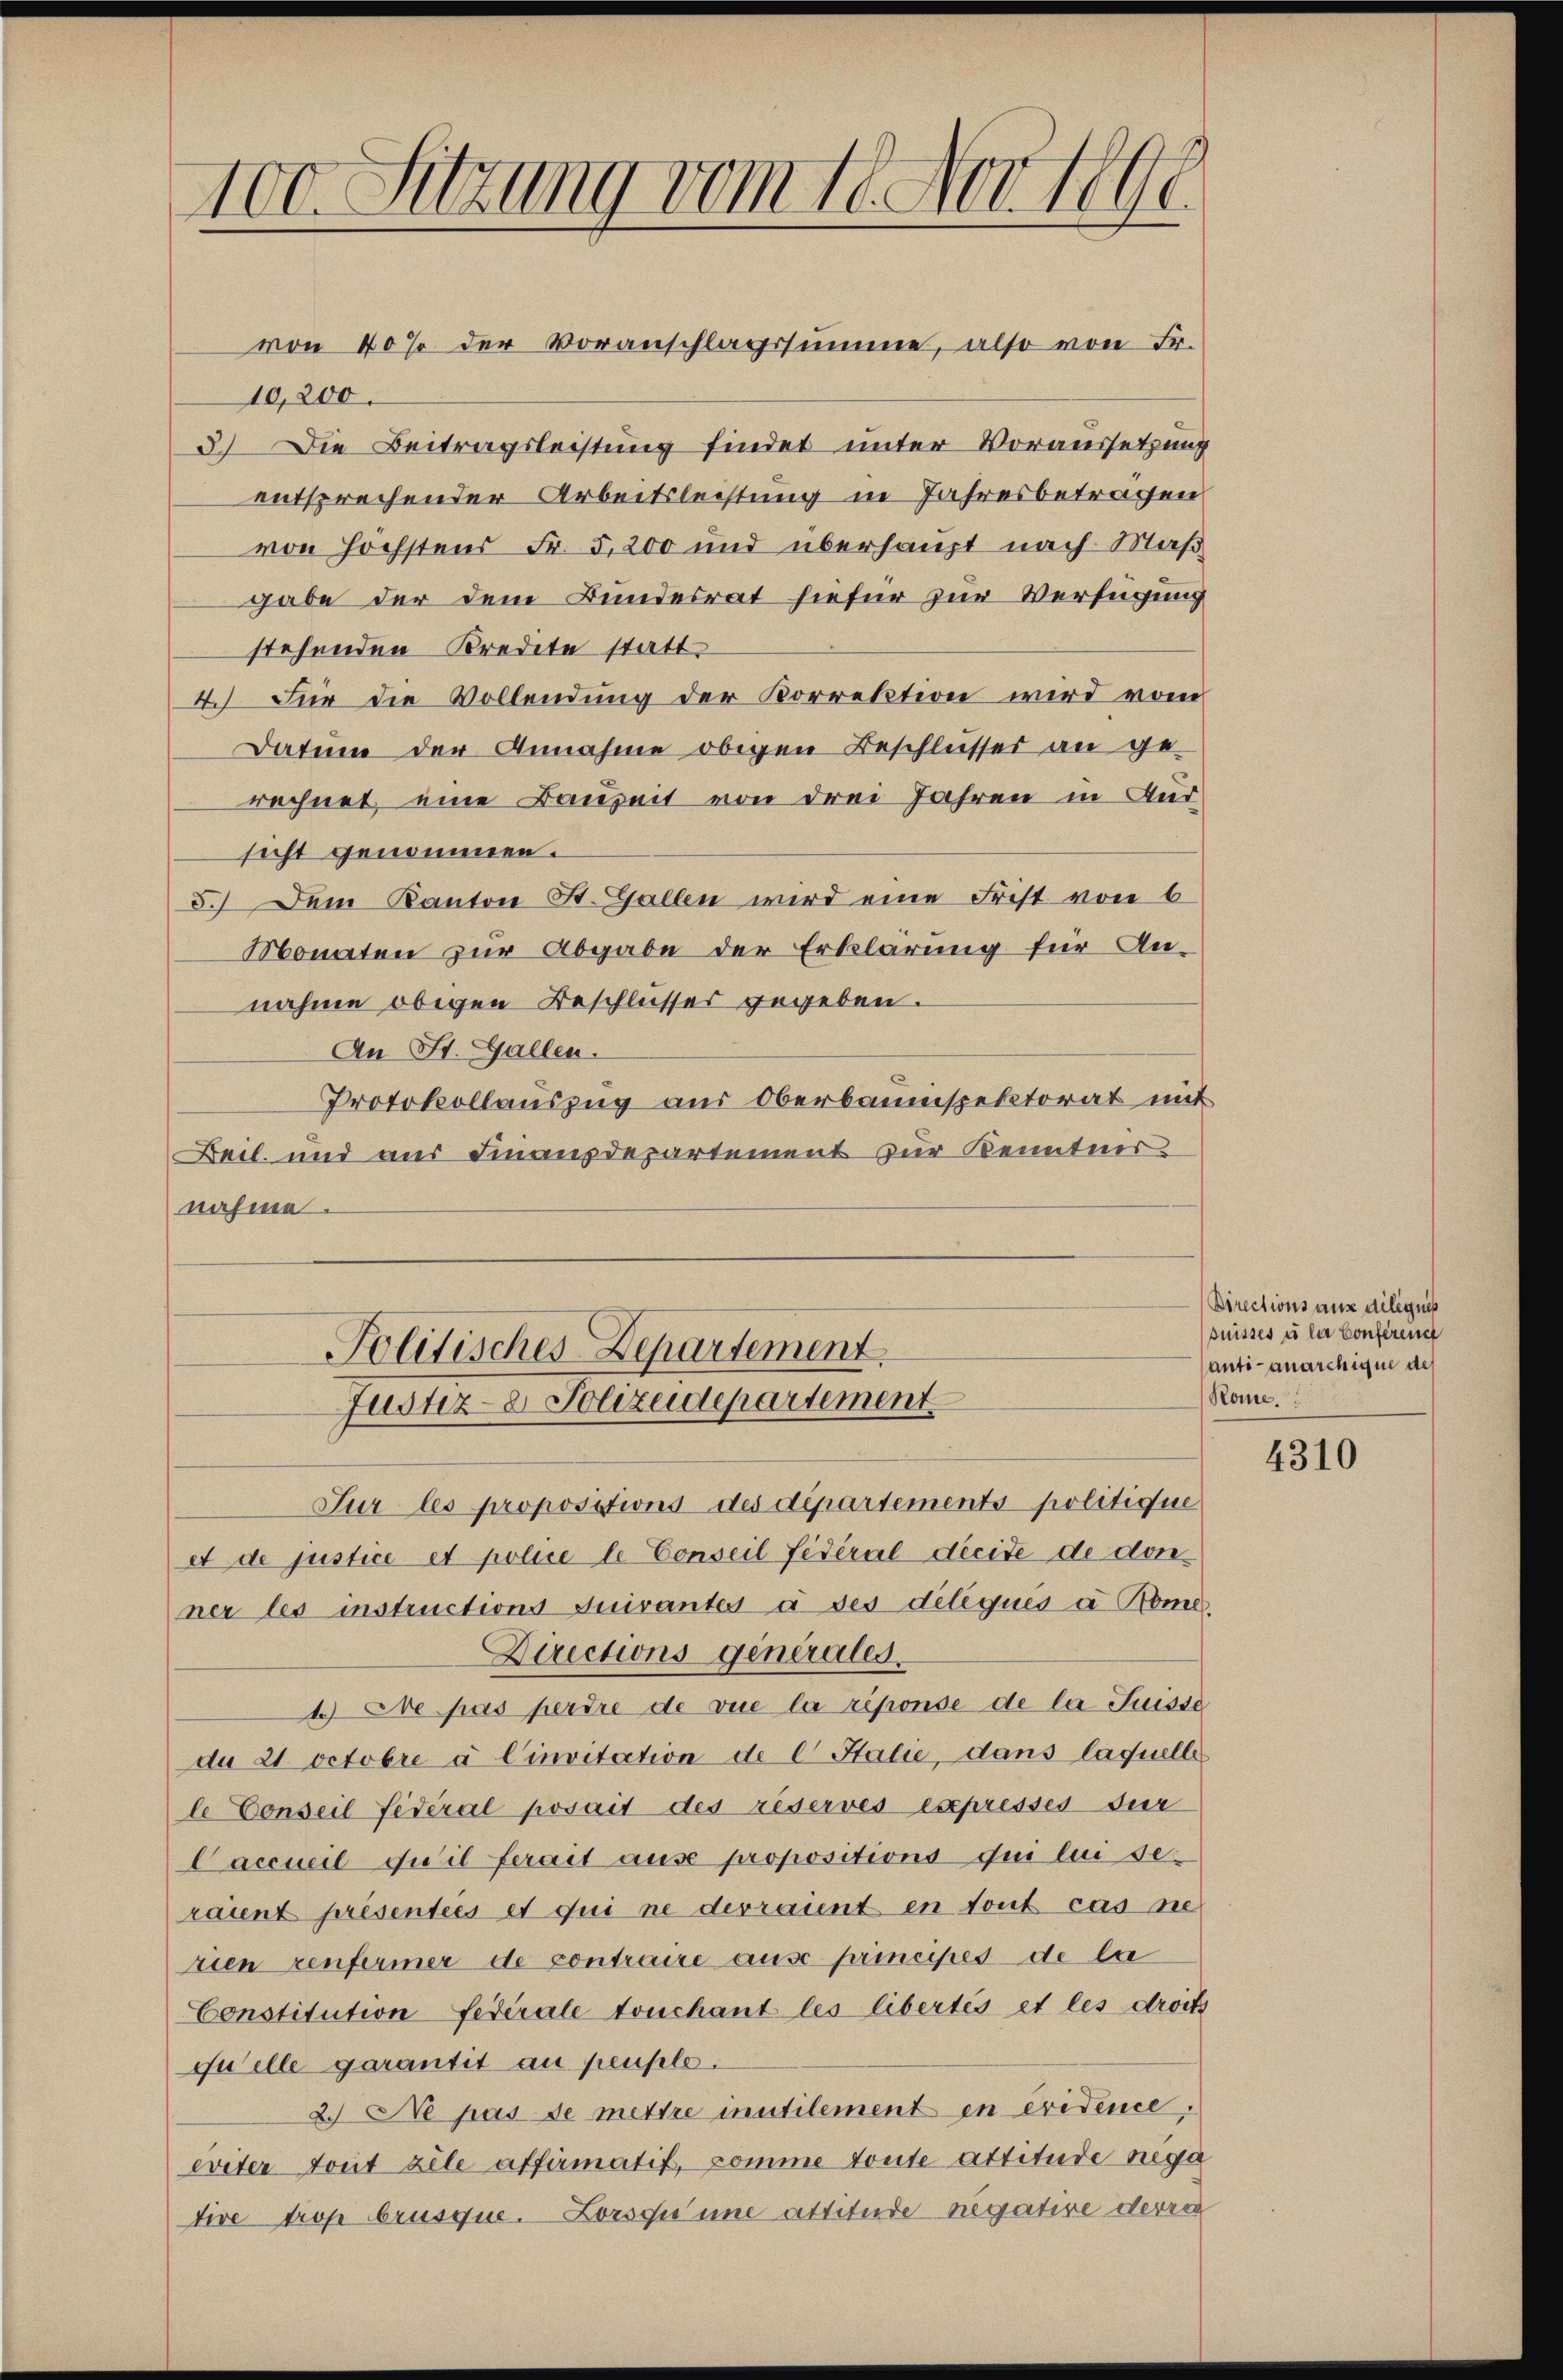
100. Sitzung vom 18. Nov 1891

von 40% der Voranschlagssumme, also von Fr.
10,200.
3.) Die Beitragsleistung findet unter Voraussetzung
entsprechender Arbeitsleistung in Jahresbetragen
von höchstens Fr. 5,200 und überhaupt nach Maß
gabe der dem Bundesrat hiefür zur Verfügung
stehenden Kredete statt.
4.) Für die Vollendung der Korrektion wird vom
Datum der Annahme obigen Beschlusser an gerechnet eine Bauzeit von drei Jahren in Für-
sicht genommen.
5.) Dem Kanton St. Gallen wird eine Frist von 6
Monaten zur Abgabe der Erklärung für An-
nahme obigen Beschlusses gegeben.
An St. Gallen.
Protokollauszug aus Oberbauinspektorat mit
Beil und aus Finanzdepartement zur Kenntnis
nahme.
Politisches Departement.
Justiz- & Polizeidepartement
Sur les propositions des départements politiquie
et de justice et police le Conseil fédéral dreite de donner les instructions quivantes à des deliques d. Rome.
Directions generales.
4.) Die pas perdre de vue la riponse de la Suisse
da 21 Octobre à Cinvitation de C Italie, dans laquelle
le Conseil fédéral posait des réservés expressés sur
Caccueil du il serait ause propositions qui lui seraient présentées et qui ne devraient en tout cas ne
rien renfermer de contraire ause principes de la
Constitution Federale touchant les libertés et les droits
quelle garantit au peuple.
2. Ne pas de mettre inutilement in eridence,
eviter dort zele affirmatif, komme toute attitude nega
tive trop brusque. Lorsqu’une attitude negative derze

Directions aus dilignis
puisses so la Conferende
anti-anarchique des
Rome.

4310